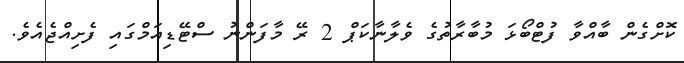
ކޮށްގެން ބާއްވާ ފުޓްބޯޅަ މުބާރާތުގެ ވެލާނާކަޕް 2 ރޭ މާފަންނު ސްޓޭޑިއަމްގައި ފެށިއްޖެއެވެ.